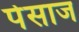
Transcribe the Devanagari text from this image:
पेसाज